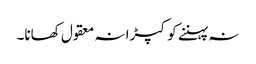
نہ پہننے کو کپڑا نہ معقول کھانا۔